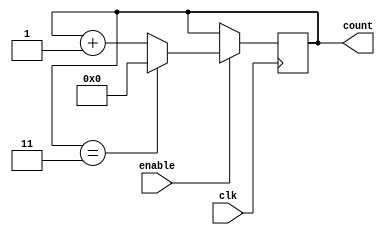
module modulo_n_up_counter
(
  input wire clk,
  input wire enable,
  output reg [N-1:0] count
);

parameter N = 4; // Change N to desired integer value

always @ (posedge clk)
begin
  if (enable)
  begin
    if (count == N-1)
      count <= 0;
    else
      count <= count + 1;
  end
end

endmodule